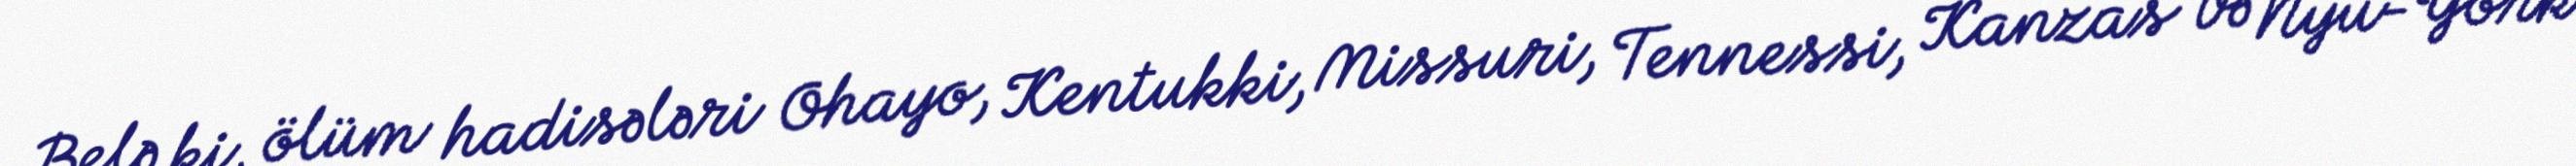
Belə ki, ölüm hadisələri Ohayo, Kentukki, Missuri, Tennessi, Kanzas və Nyu-York